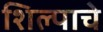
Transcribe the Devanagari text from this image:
शिल्पाचे